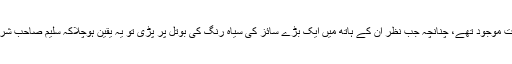
سلیم صاحب کے حوالےسے پہلے ہی ہمارے دل میں کچھ خدشات موجود تھے، چنانچہ جب نظر ان کے ہاتھ میں ایک بڑے سائز کی سیاہ رنگ کی بوتل پر پڑی تو یہ یقین ہوچلاکہ سلیم صاحب شراب پیتے ہیں اور آج تو ہم نے اپنی آنکھوں سے بھی دیکھ لیا تھا۔